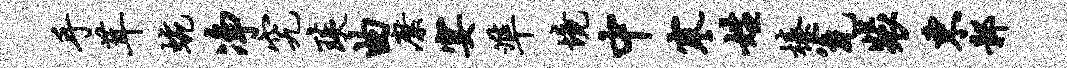
手茸蜿净究琰曲縻宴准境中寒姓榛瓮裴东鄣